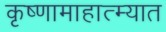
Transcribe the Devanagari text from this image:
कृष्णामाहात्म्यात